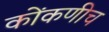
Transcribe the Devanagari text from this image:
कोंकणीच